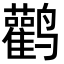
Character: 鹳